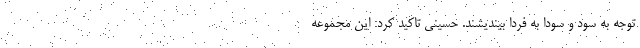
توجه به سود و سودا به فردا بیندیشند. حسینی تاکید کرد: این مجموعه